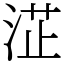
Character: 淽